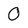
Character: 0